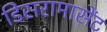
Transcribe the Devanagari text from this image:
डिसरामासेंट